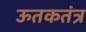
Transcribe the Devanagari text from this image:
ऊतकतंत्र